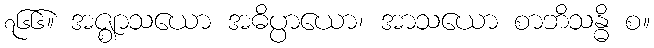
၇၆၆။ အဇ္ဈာသယော အဓိပ္ပာယော၊ အာသယော စာဘိသန္ဓိ စ။